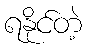
ရနိုင်တဲ့